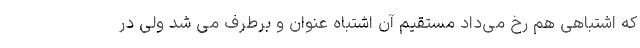
که اشتباهی هم رخ می‌داد مستقیم آن اشتباه عنوان و برطرف می شد ولی در